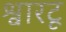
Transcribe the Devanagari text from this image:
श्वारटू